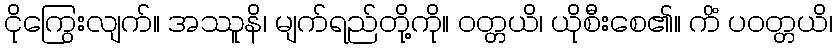
ငိုကြွေးလျက်။ အဿူနိ၊ မျက်ရည်တို့ကို။ ဝတ္တယိ၊ ယိုစီးစေ၏။ ကိံ ပဝတ္တယိ၊